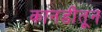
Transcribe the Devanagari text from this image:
कानडीतून